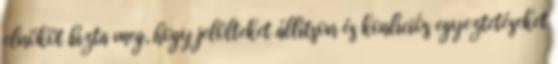
elnököt bízta meg, hogy jelölteket állítson és koalíciós egyeztetéseket